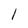
Character: I